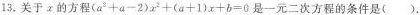
13.关于x的方程$$(a^{2}+a-2)x^{2}+(a+1)x+b=0$$是一元二次方程的条件是().